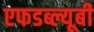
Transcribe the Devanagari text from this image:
एफडब्ल्यूबी